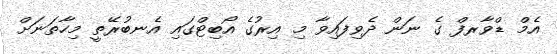
އެމް ޑްވާރފް ގެ ނަން ދެވިފައިވާ މި އިރުގެ އޯބިޓްގައި އެނބުރޭތީ މިހާތަނަށް